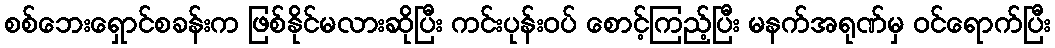
စစ်ဘေးရှောင်စခန်းက ဖြစ်နိုင်မလားဆိုပြီး ကင်းပုန်းဝပ် စောင့်ကြည့်ပြီး မနက်အရုဏ်မှ ဝင်ရောက်ပြီး